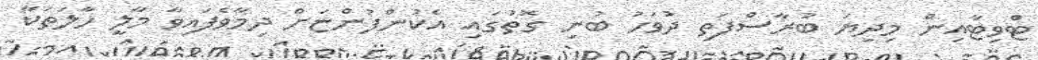
ޓްވިޓާއިން މިދިޔަ ބުރާސްފަތި ދުވަހު ބުނި ގޮތުގައި އެކުންފުންޏަށް ދިމާވެފައިވާ މާލީ ހާލަތަކާ